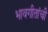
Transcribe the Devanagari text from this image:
भावगीतांची